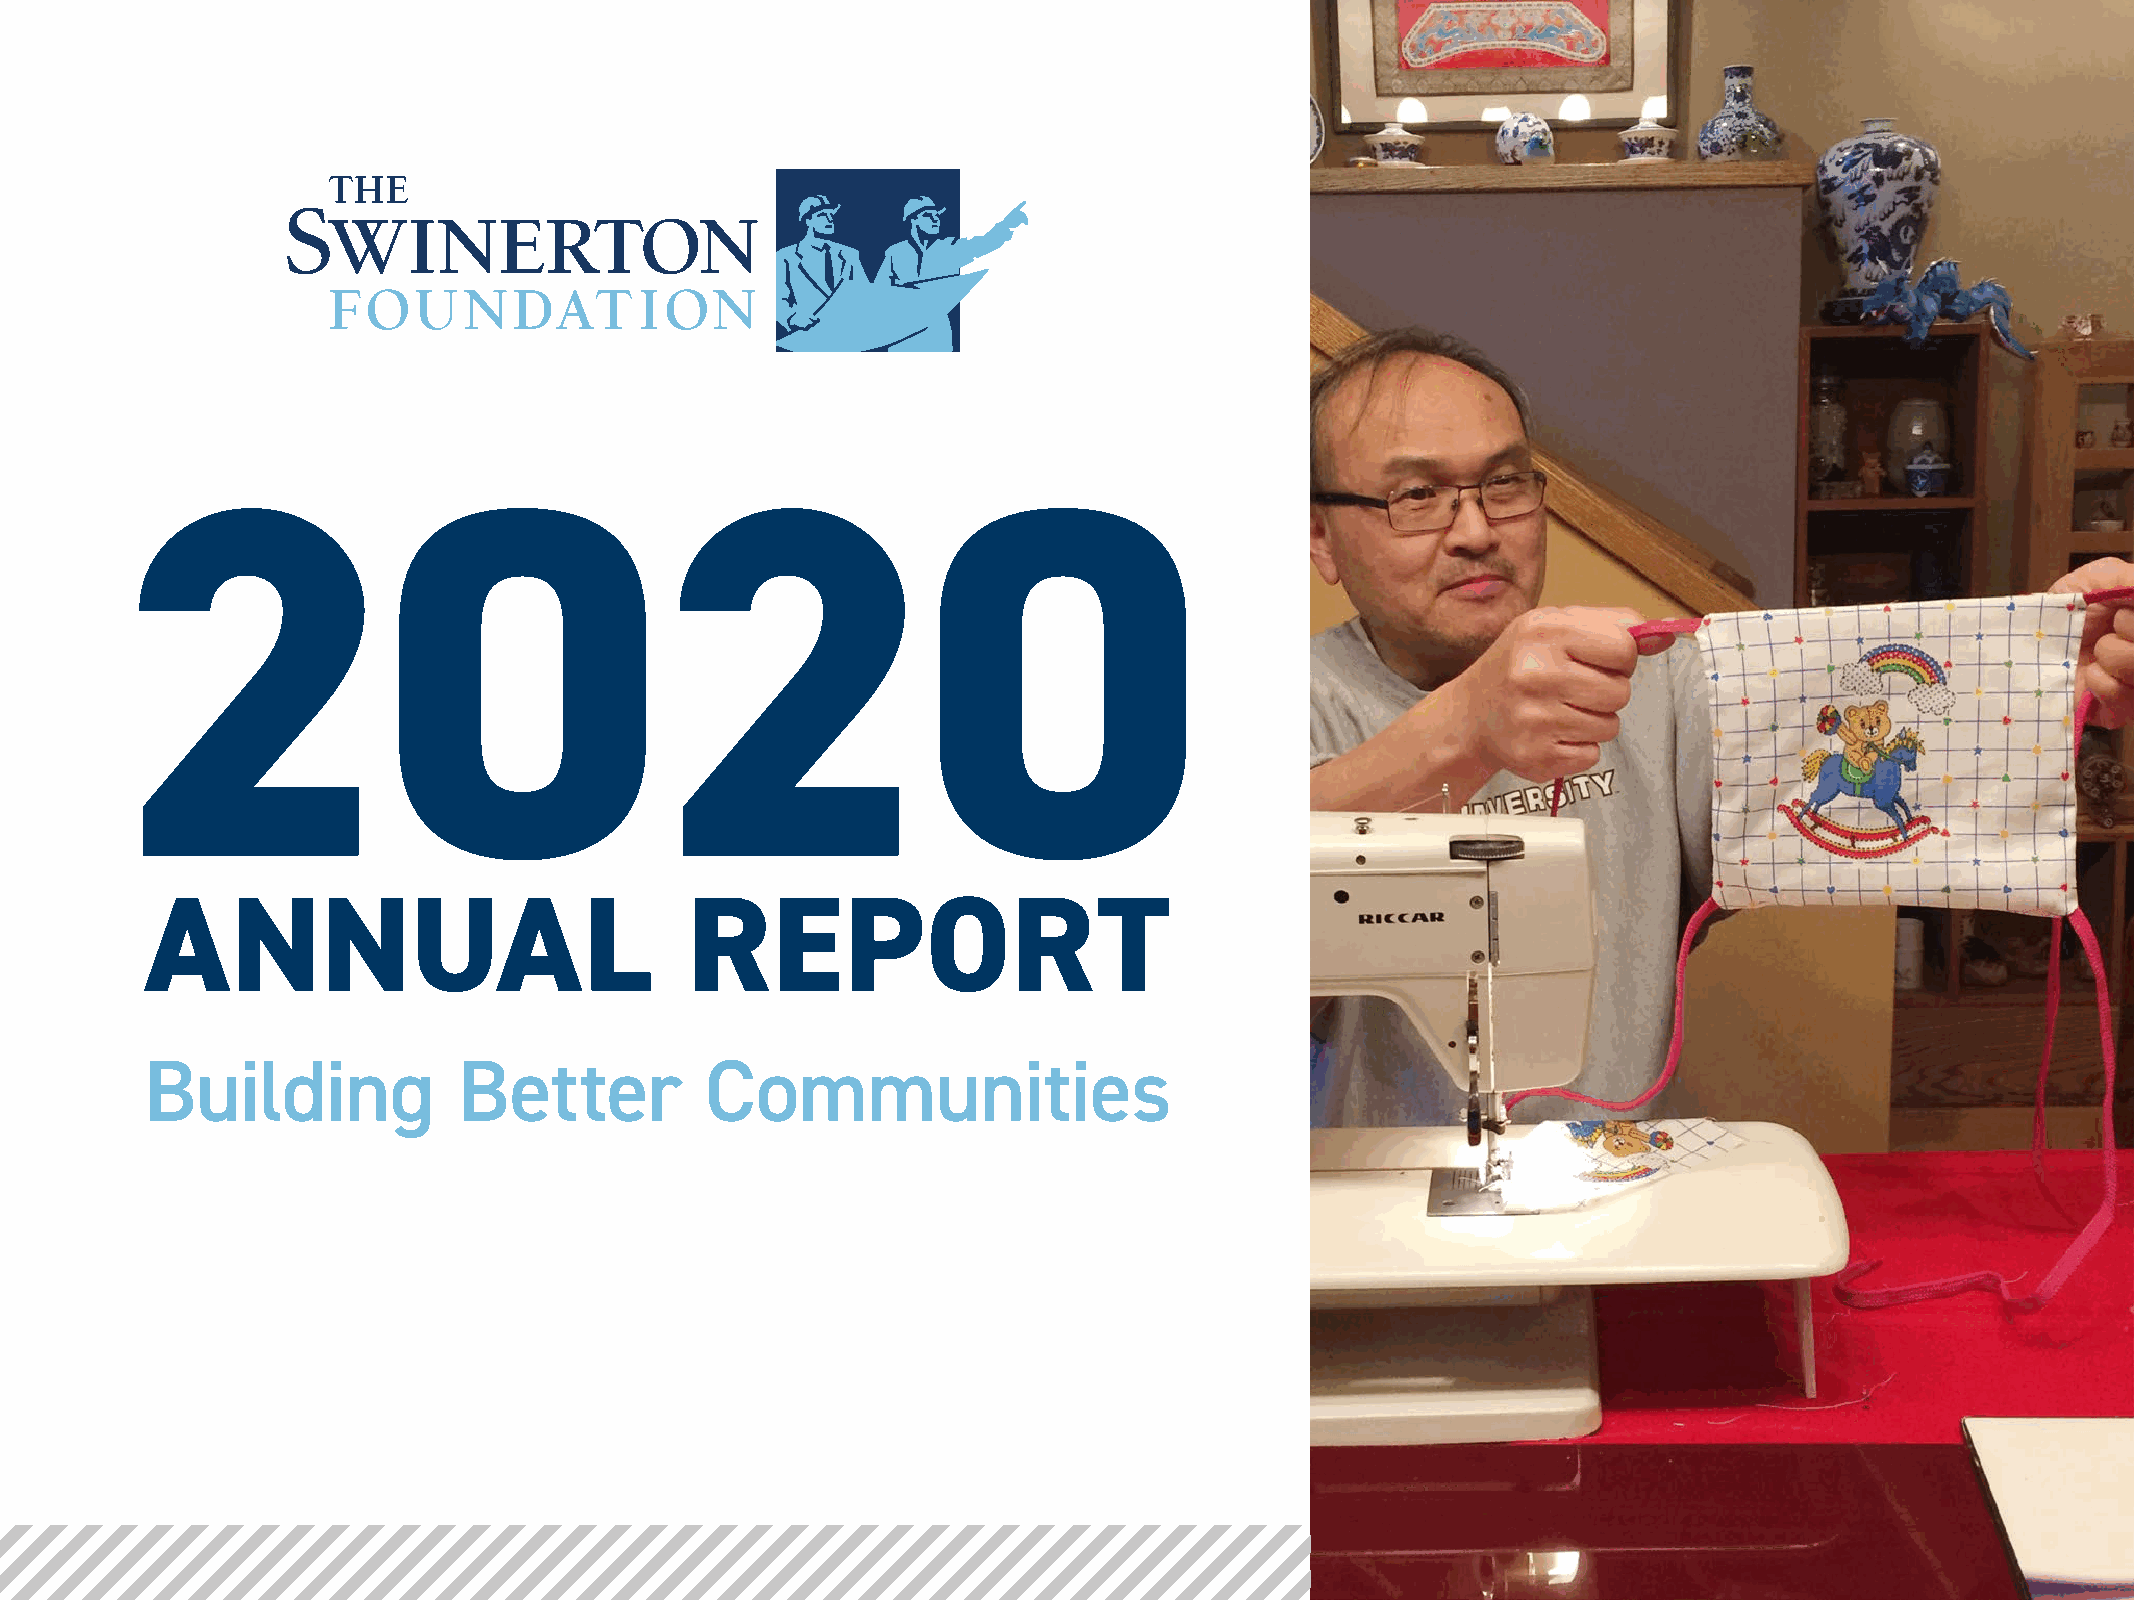
2020
 ANNUAL                             REPORT
 Building            Better           Communities